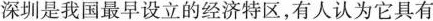
深圳是我国最早设立的经济特区，有人认为它具有